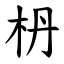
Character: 枬